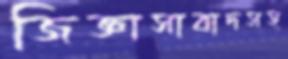
জিজ্ঞাসাবাদসহ